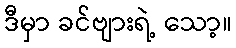
ဒီမှာ ခင်ဗျားရဲ့ သော့။